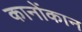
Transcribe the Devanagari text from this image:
कानोंकान